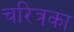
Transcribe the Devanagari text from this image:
चरित्रका